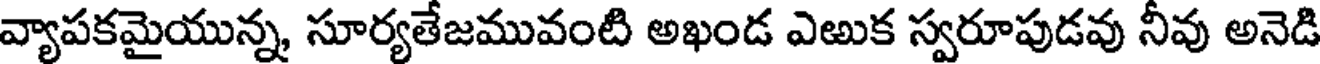
వ్యాపకమైయున్న, సూర్యతేజమువంటి అఖండ ఎఱుక స్వరూపుడవు నీవు అనెడి